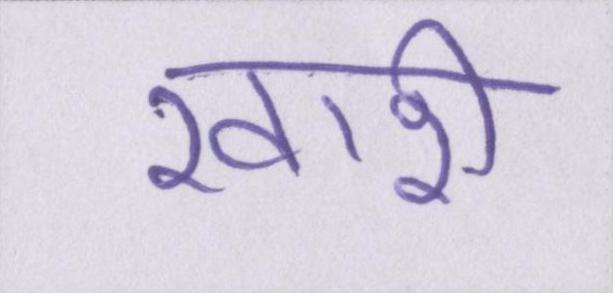
खारी